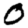
Digit: 0